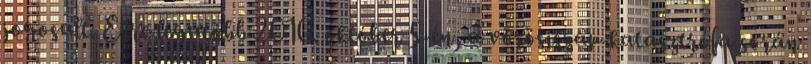
jogosult. Erre legutóbb 2010. október 5-én, a vörösiszap-katasztrófa során